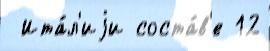
 Ита́л'иjи соста́в'е 12